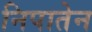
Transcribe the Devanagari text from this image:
निपातेन